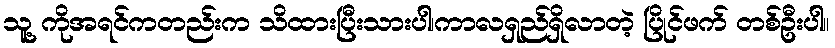
သူ့ ကိုအရင်ကတည်းက သိထားပြီးသားပါ၊ကာလရှည်ရှိလာတဲ့ ပြိုင်ဖက် တစ်ဦးပါ။